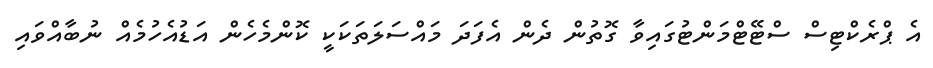
އެ ޕްރެކްޓިސް ސްޓޭޓްމަންޓުގައިވާ ގޮތުން ދެން އެފަދަ މައްސަލަތަކަކީ ކޮންމެހެން އަޑުއެހުމެއް ނުބާއްވައި